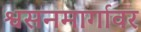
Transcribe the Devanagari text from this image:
श्वसनमार्गावर